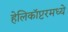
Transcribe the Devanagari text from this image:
हेलिकॉप्टरमध्ये